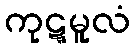
ကုဋ္ဋမူလံ